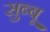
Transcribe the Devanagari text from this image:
सुब्बू